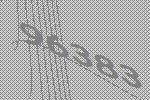
96383